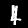
Label: 4